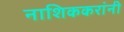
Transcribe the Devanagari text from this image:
नाशिककरांनी